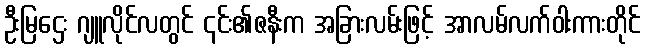
ဦးမြဌေး ဂျူလိုင်လတွင် ၎င်း၏ဇနီးက အခြားလမ်းဖြင့် အာလမ်လက်ဝါးကားတိုင်